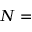
N =